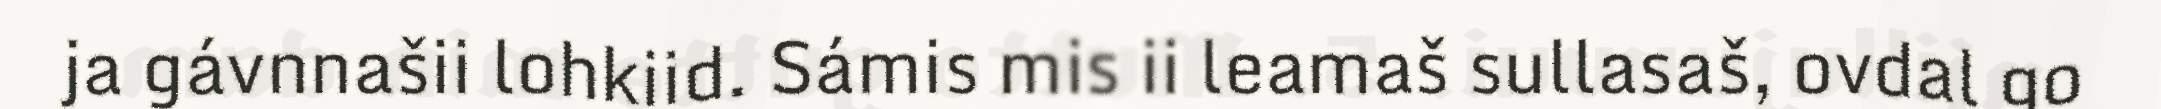
ja gávnnašii lohkiid. Sámis mis ii leamaš sullasaš, ovdal go